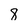
Character: 8